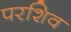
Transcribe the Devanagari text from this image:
परशिव